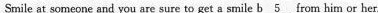
Smile at someone and you are sure to get a smile \underline{b 5} rom him or her.